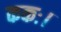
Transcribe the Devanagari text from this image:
ककः।